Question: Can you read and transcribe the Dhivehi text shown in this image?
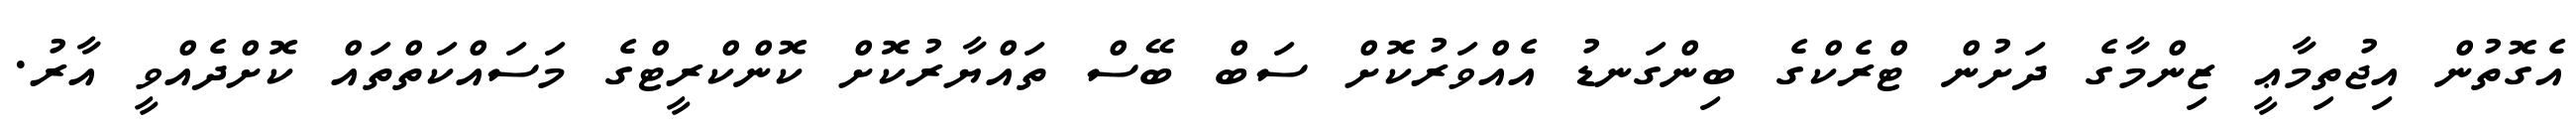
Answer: އެގޮތުން އިޖުތިމާޢީ ޒިންމާގެ ދަށުން ޓްރެކްގެ ބިންގަނޑު އެއްވަރުކޮށް ސަބް ބޭސް ތައްޔާރުކޮށް ކޮންކްރީޓްގެ މަސައްކަތްތައް ކޮށްދެއްވީ އާރު.